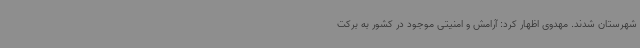
شهرستان شدند. مهدوی اظهار کرد: آرامش و امنیتی موجود در کشور به برکت